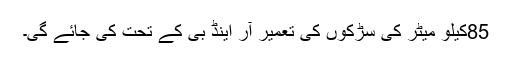
85کیلو میٹر کی سڑکوں کی تعمیر آر اینڈ بی کے تحت کی جائے گی۔